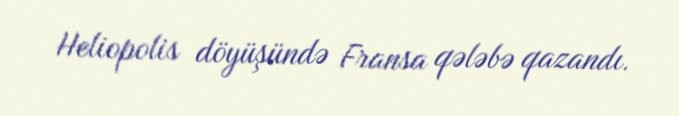
Heliopolis döyüşündə Fransa qələbə qazandı.